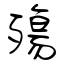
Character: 殤